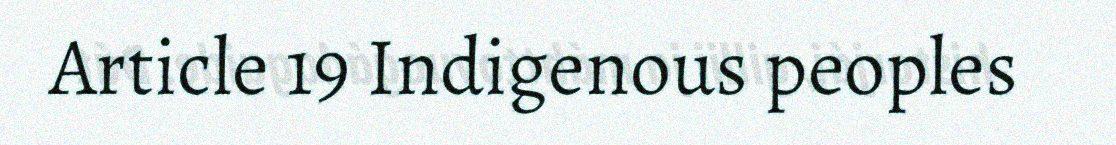
Article 19 Indigenous peoples